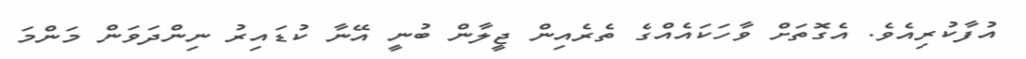
އުފާކުރިއެވެ. އެގޮތަށް ވާހަކައެއްގެ ތެރެއިން ޖީލާން ބުނީ އޭނާ ކުޑައިރު ނިންދަވަން މަންމަ